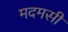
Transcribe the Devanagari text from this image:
मदमसी